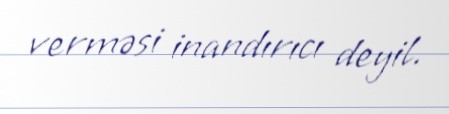
verməsi inandırıcı deyil.